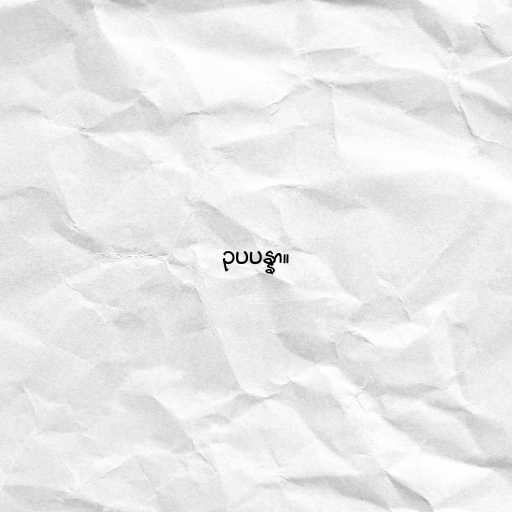
ဥပပန္နာ။